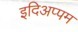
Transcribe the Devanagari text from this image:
इदिअप्पम